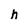
Character: h